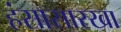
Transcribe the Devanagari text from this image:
हंसासारखा